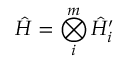
\hat { H } = \bigotimes _ { i } ^ { m } \hat { H } _ { i } ^ { \prime }